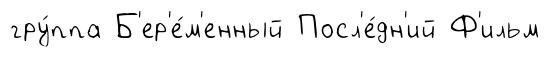
гру́ппа Б'ер'е́м'енный Посл'е́дн'ий Ф'ильм